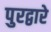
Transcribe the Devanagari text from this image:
पुरद्वारे